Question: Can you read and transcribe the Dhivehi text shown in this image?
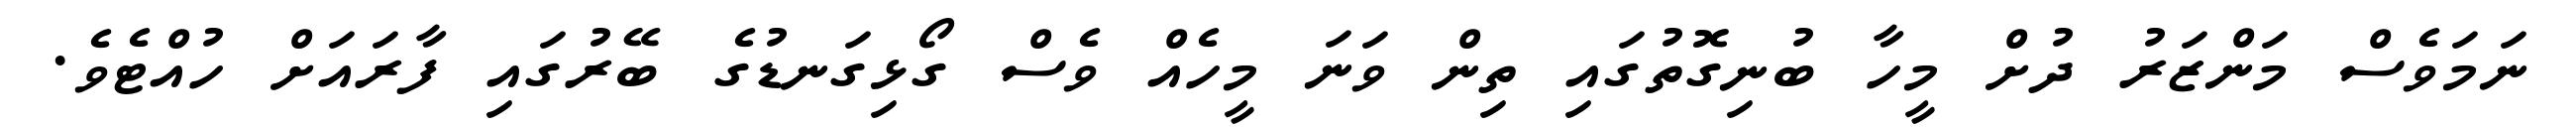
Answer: ނަމަވެސް މަންޒަރު ދުށް މީހާ ބުނިގޮތުގައި ތިން ވަނަ މީހެއް ވެސް ގޯޅިގަނޑުގެ ބޭރުގައި ފާރައަށް ހުއްޓެވެ.